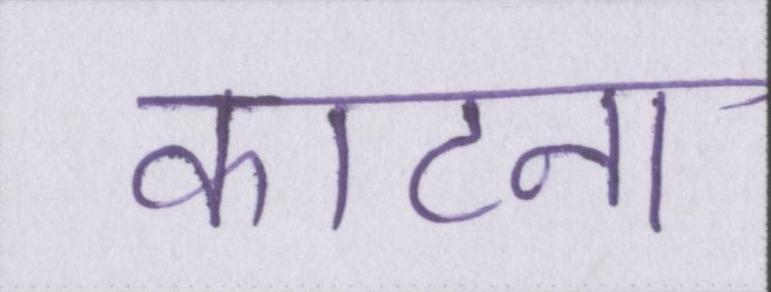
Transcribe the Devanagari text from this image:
काटना